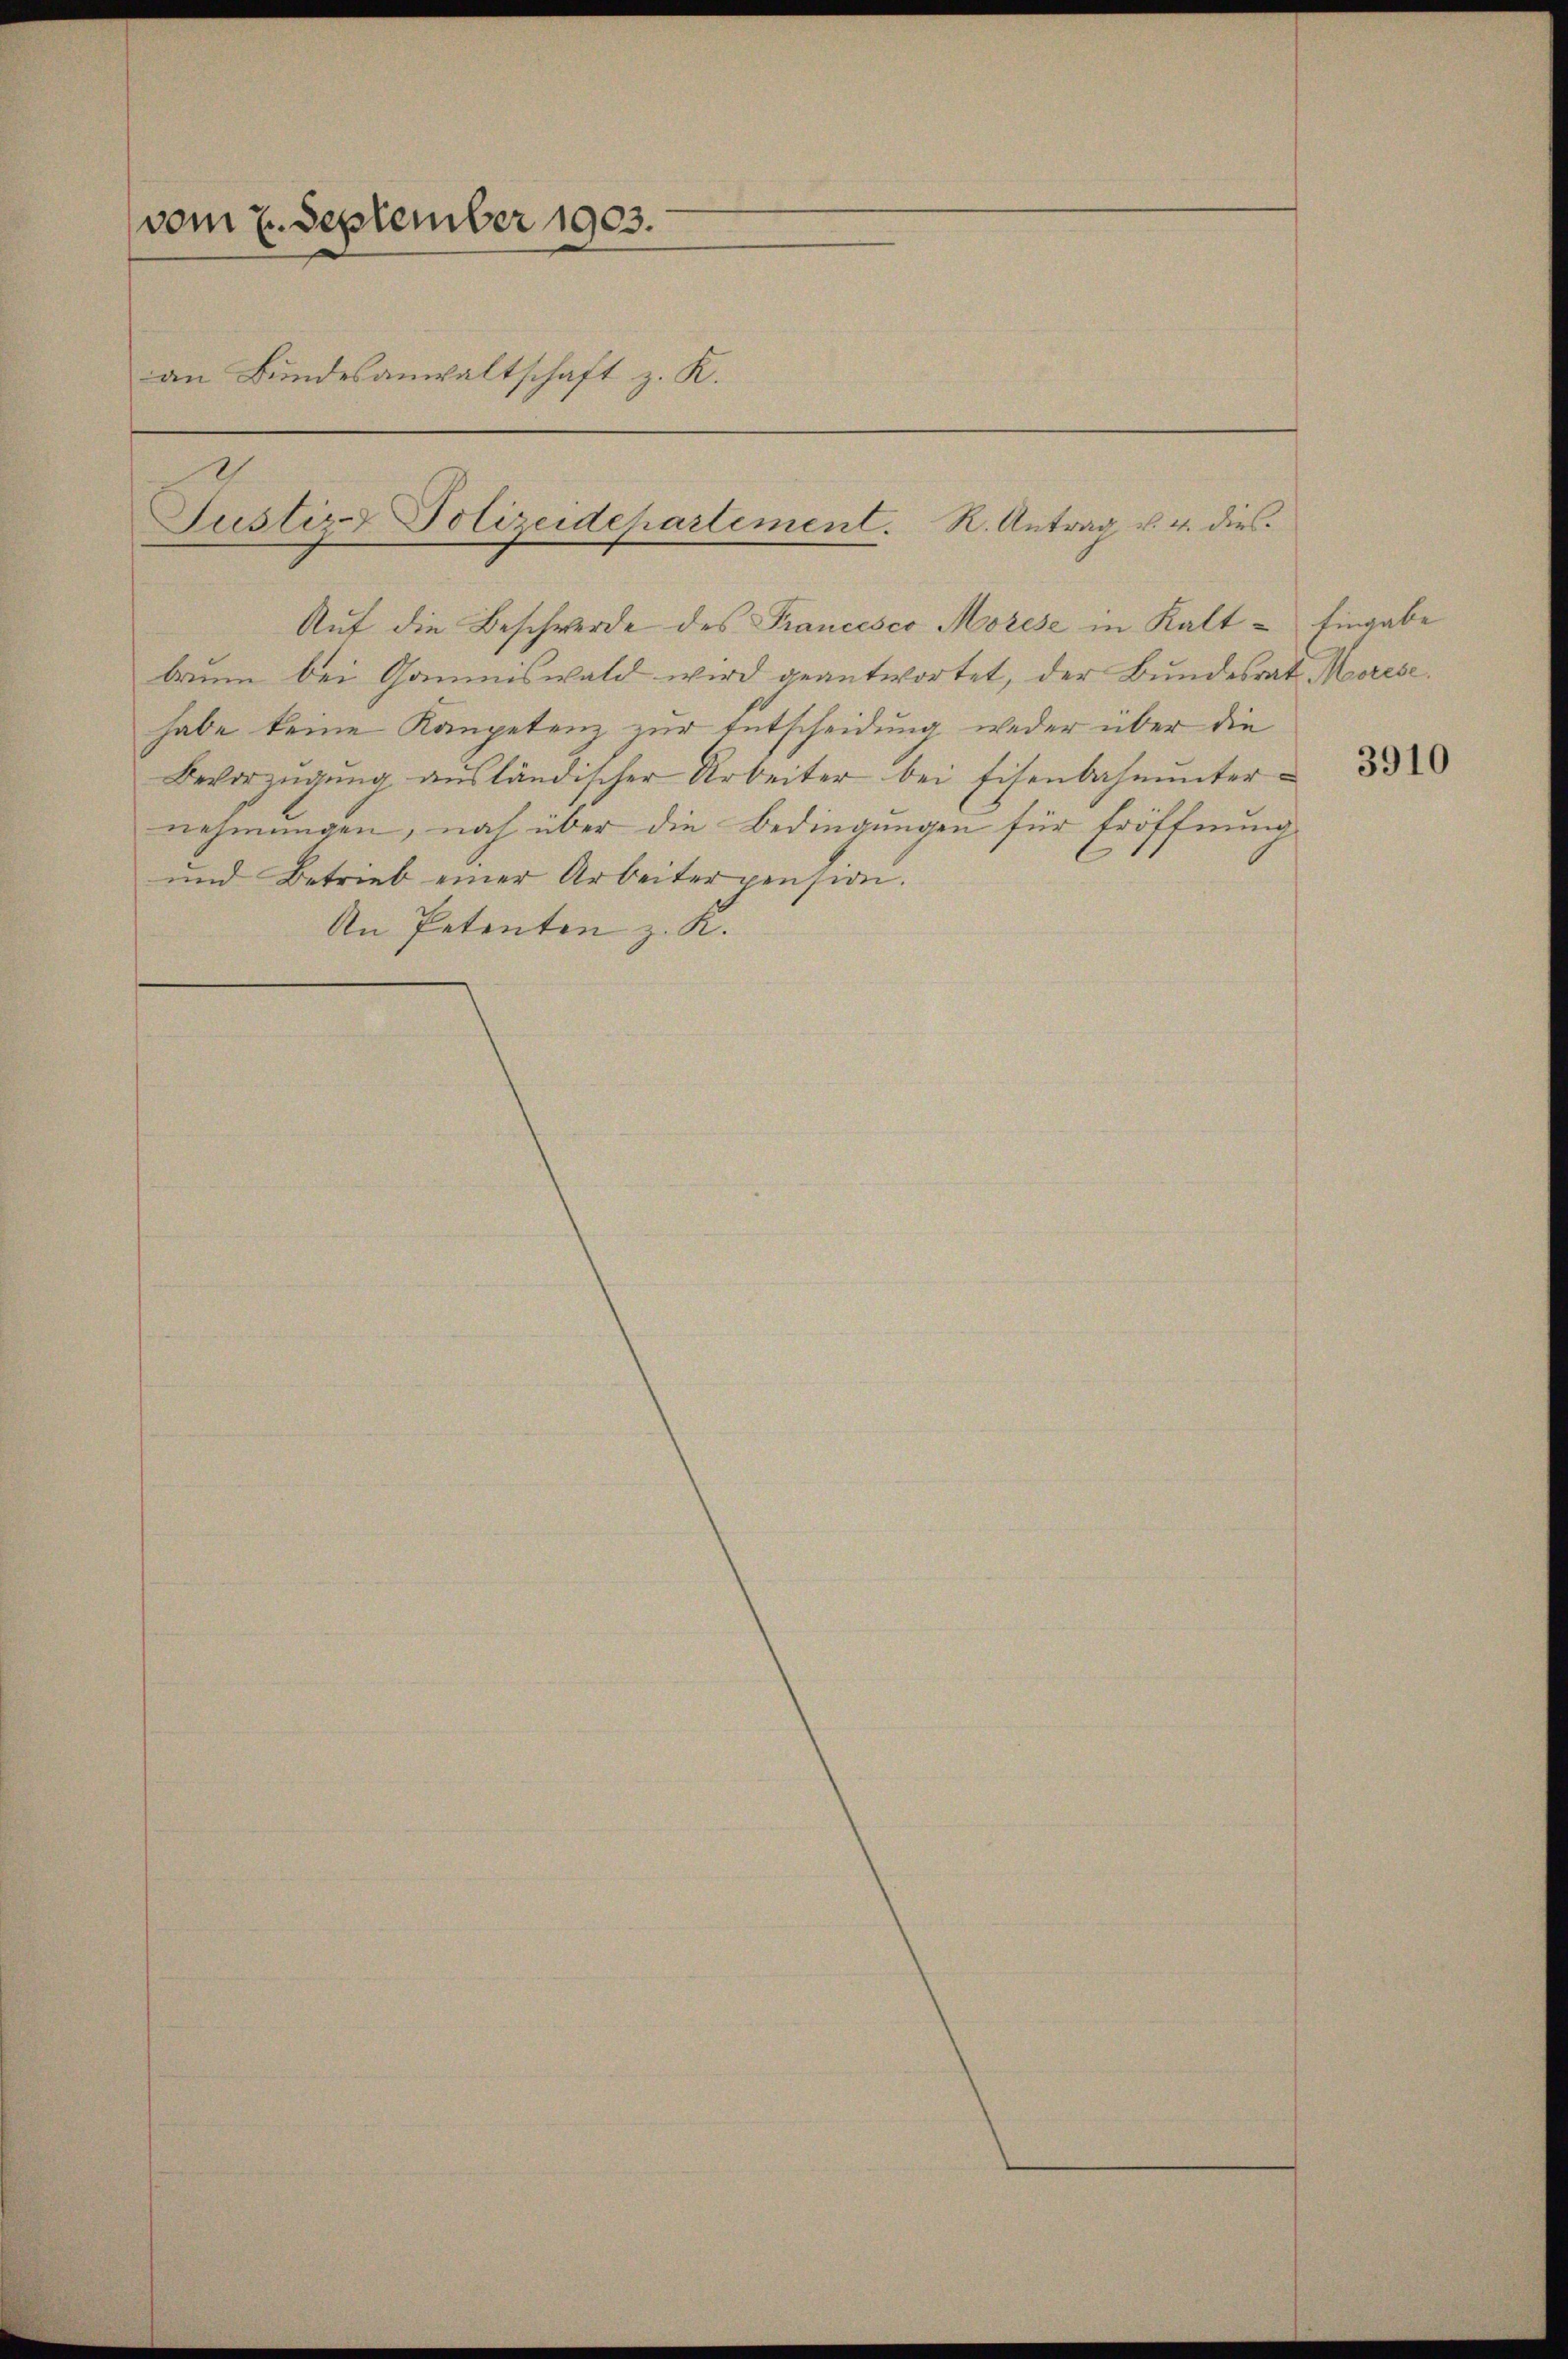
(vom 2. September 1903.
an Bundesanwaltschaft z. K.

Justizs Polizeidepartement. R. Antrag u. 4. dies¬
Auf die Beschwerde des Francesco Morese in Kalt¬

brunn bei Gommiswald wird geantwortet, der Bundesrat Meerese.
habe keine Kompetenz zur Entscheidung weder über die
Bevorzŭgŭng aŭsländischer Arbeiter bei Eisenbahnŭnter u d
nehmungen, noch über die Bedingungen für Eröffnung
und Betrieb einer Arbeiterpension.
An Petenten z. K.

Eingabe